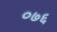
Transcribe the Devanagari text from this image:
०७६